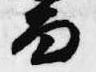
面